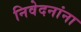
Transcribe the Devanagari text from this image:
निवेदनांना